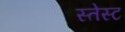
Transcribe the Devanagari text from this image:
स्तेस्ट